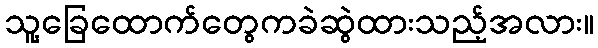
သူ့ခြေထောက်တွေကခဲဆွဲထားသည့်အလား။